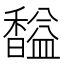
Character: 𲋱